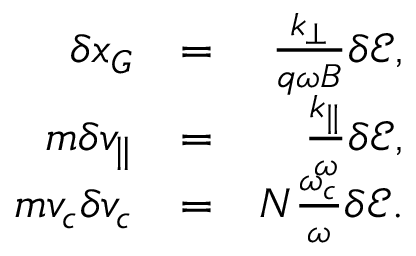
\begin{array} { r l r } { \delta x _ { G } } & { = } & { \frac { k _ { \perp } } { q \omega B } \delta \mathcal { E } \mathrm { , } } \\ { m \delta v _ { \parallel } } & { = } & { \frac { k _ { \parallel } } { \omega } \delta \mathcal { E } \mathrm { , } } \\ { m v _ { c } \delta v _ { c } } & { = } & { N \frac { \omega _ { c } } { \omega } \delta \mathcal { E } \mathrm { . } } \end{array}